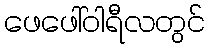
ဖေဖေါ်ဝါရီလတွင်